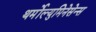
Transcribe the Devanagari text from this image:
थर्मोल्युमिनेसेन्स